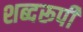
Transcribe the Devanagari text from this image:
शब्दरूपी